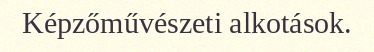
Képzőművészeti alkotások.